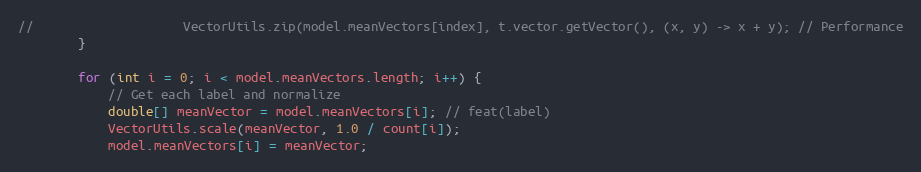
Language: Java
//                    VectorUtils.zip(model.meanVectors[index], t.vector.getVector(), (x, y) -> x + y); // Performance
        }

        for (int i = 0; i < model.meanVectors.length; i++) {
            // Get each label and normalize
            double[] meanVector = model.meanVectors[i]; // feat(label)
            VectorUtils.scale(meanVector, 1.0 / count[i]);
            model.meanVectors[i] = meanVector;